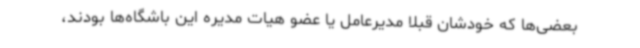
بعضی‌ها که خودشان قبلا مدیرعامل یا عضو هیات مدیره این باشگاه‌ها بودند،